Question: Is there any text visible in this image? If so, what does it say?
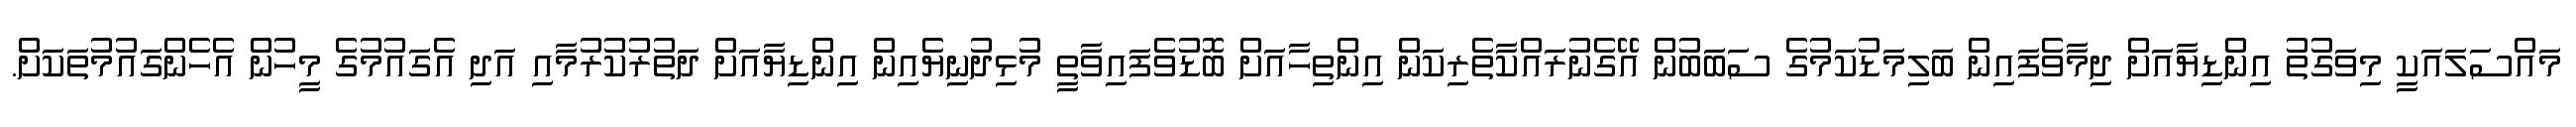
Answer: މައްސަލައަކީ މިވަގުތު އިންޑިޔާއަށް ދިމާވެފައިން ބަލިމަޑުކަމުގެ ސަބަބުން އޭގެނުރައްކާތެރިކަން އިންތިހާއަށް ބޮޑުވެފައިވާތީ މުޅިދުނިޔެއިން އިންޑިޔާއަށް ދަތުރުކުރުމާއި އަދި އެގައުމުގެ މީހުން އެހެންގައުމުތަކަށް.